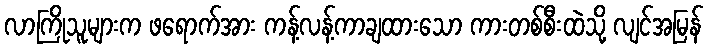
လာကြိုသူများက ဖရောက်အား ကန့်လန့်ကာချထားသော ကားတစ်စီးထဲသို့ လျင်အမြန်